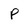
Character: p